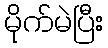
မိုက်မဲပြီး